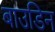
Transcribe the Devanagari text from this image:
बाउडिन